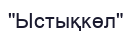
"Ыстықкөл"